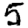
Digit: 5